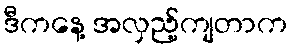
ဒီကနေ့ အလှည့်ကျတာက